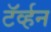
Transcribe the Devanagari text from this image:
टॅर्व्हन